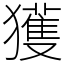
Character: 獲